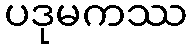
ပဒုမကဿ